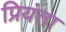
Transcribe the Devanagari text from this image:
प्रियंता